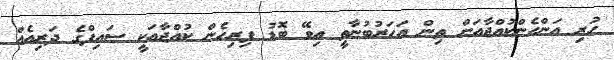
ހުރި އަންހެންކުއްޖާއަށް ތިން އަހަރުބުނާތީ އިވޭ ބޮޑު ފިރިހެން ކުއްޖާއަކީ ސައިފްގެ ދަރިއެއް